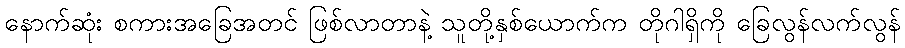
နောက်ဆုံး စကားအခြေအတင် ဖြစ်လာတာနဲ့ သူတို့နှစ်ယောက်က တိုဂါရှိကို ခြေလွန်လက်လွန်